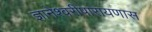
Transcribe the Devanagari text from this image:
ज्ञानेश्वरीपारायणास